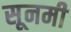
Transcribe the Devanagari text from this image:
सूनमी